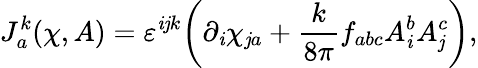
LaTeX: J_{a}^{k}(\chi,A)=\varepsilon^{\mathit{i}\mathit{j}k}\bigg(\partial_{\mathit{i}}\chi_{\mathit{j}a}+{\frac{{k}}{{8\pi}}}f_{abc}A_{\mathit{i}}^{b}A_{\mathit{j}}^{c}\bigg),